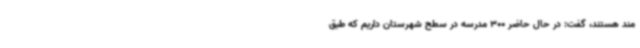
مند هستند، گفت: در حال حاضر 300 مدرسه در سطح شهرستان داریم که طبق